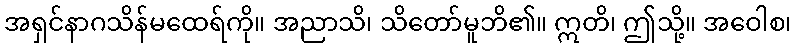
အရှင်နာဂသိန်မထေရ်ကို။ အညာသိ၊ သိတော်မူဘိ၏။ ဣတိ၊ ဤသို့။ အဝေါစ၊